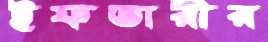
ইফতারীর